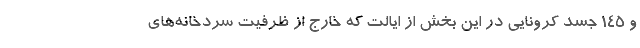
و 145 جسد کرونایی در این بخش از ایالت که خارج از ظرفیت سردخانه‌های